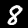
Label: 8